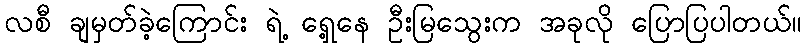
လစီ ချမှတ်ခဲ့ကြောင်း ရဲ့ ရှေ့နေ ဦးမြသွေးက အခုလို ပြောပြပါတယ်။